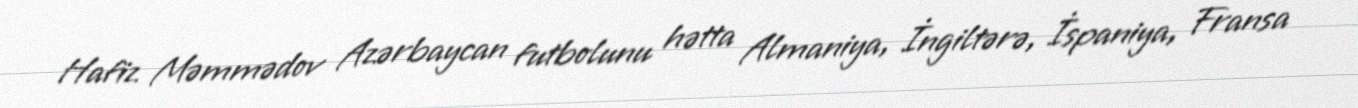
Hafiz Məmmədov Azərbaycan futbolunu hətta Almaniya, İngiltərə, İspaniya, Fransa